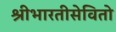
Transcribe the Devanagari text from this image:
श्रीभारतीसेवितो